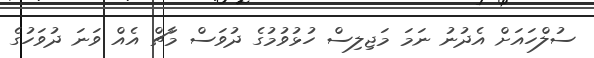
ސުލްހައަށް އެދުނު ނަމަ މަޖިލިސް ހުޅުވުމުގެ ދުވަސް މާޗް އެއް ވަނަ ދުވަހުގެ